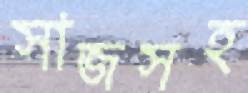
সাজসহ